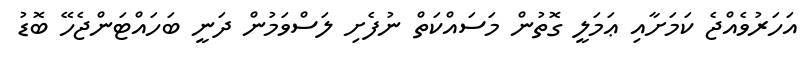
އަހަރުވެއްޖެ ކަމަށާއި ޢަމަލީ ގޮތުން މަސައްކަތް ނުފެށި ލަސްވަމުން ދަނީ ބަހައްޓަންޖެހޭ ބޮޑު